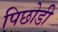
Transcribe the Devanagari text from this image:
पिछोडी